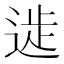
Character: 𨔀